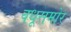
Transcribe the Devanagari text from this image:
वधूसमोर